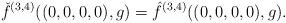
LaTeX: \begin{align*}\check f^{(3,4)}((0,0,0,0),g)=\hat f^{(3,4)}((0,0,0,0) ,g).\end{align*}